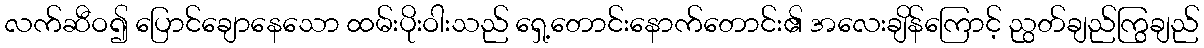
လက်ဆီဝ၍ ပြောင်ချောနေသော ထမ်းပိုးဝါးသည် ရှေ့တောင်းနောက်တောင်း၏ အလေးချိန်ကြောင့် ညွတ်ချည်ကြွချည်